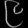
Digit: ၉